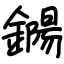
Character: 鐊